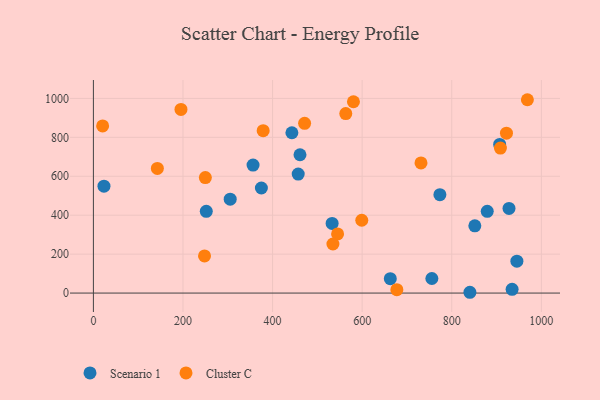
{"axis": {"x": "Ad Spend", "y": "Fuel Efficiency"}, "legend": ["Cluster C", "Scenario 1"], "data": [{"x": "23.6", "y": 548.9, "type": "Scenario 1"}, {"x": "356.4", "y": 657.4, "type": "Scenario 1"}, {"x": "773.5", "y": 505.4, "type": "Scenario 1"}, {"x": "443.1", "y": 823.6, "type": "Scenario 1"}, {"x": "375.0", "y": 539.7, "type": "Scenario 1"}, {"x": "879.2", "y": 419.8, "type": "Scenario 1"}, {"x": "305.4", "y": 482.5, "type": "Scenario 1"}, {"x": "755.6", "y": 74.9, "type": "Scenario 1"}, {"x": "927.8", "y": 434.8, "type": "Scenario 1"}, {"x": "851.5", "y": 345.2, "type": "Scenario 1"}, {"x": "934.7", "y": 19.0, "type": "Scenario 1"}, {"x": "457.2", "y": 611.1, "type": "Scenario 1"}, {"x": "461.2", "y": 710.6, "type": "Scenario 1"}, {"x": "662.8", "y": 74.1, "type": "Scenario 1"}, {"x": "840.5", "y": 4.1, "type": "Scenario 1"}, {"x": "906.9", "y": 763.4, "type": "Scenario 1"}, {"x": "945.4", "y": 163.6, "type": "Scenario 1"}, {"x": "532.9", "y": 358.0, "type": "Scenario 1"}, {"x": "252.0", "y": 420.1, "type": "Scenario 1"}, {"x": "563.4", "y": 922.3, "type": "Cluster C"}, {"x": "248.1", "y": 190.7, "type": "Cluster C"}, {"x": "545.1", "y": 303.9, "type": "Cluster C"}, {"x": "534.7", "y": 252.2, "type": "Cluster C"}, {"x": "249.9", "y": 593.4, "type": "Cluster C"}, {"x": "599.1", "y": 374.1, "type": "Cluster C"}, {"x": "20.6", "y": 858.7, "type": "Cluster C"}, {"x": "142.8", "y": 640.3, "type": "Cluster C"}, {"x": "379.0", "y": 834.3, "type": "Cluster C"}, {"x": "968.8", "y": 993.2, "type": "Cluster C"}, {"x": "471.5", "y": 872.0, "type": "Cluster C"}, {"x": "677.4", "y": 17.5, "type": "Cluster C"}, {"x": "731.3", "y": 668.4, "type": "Cluster C"}, {"x": "580.5", "y": 982.9, "type": "Cluster C"}, {"x": "922.1", "y": 821.6, "type": "Cluster C"}, {"x": "908.6", "y": 744.6, "type": "Cluster C"}, {"x": "195.5", "y": 943.2, "type": "Cluster C"}]}